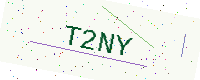
Text: T2NY